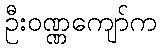
ဦးဝဏ္ဏကျော်က